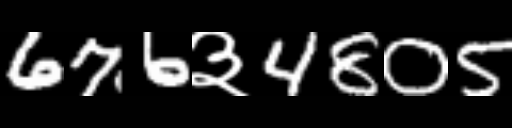
Text: 676३4805